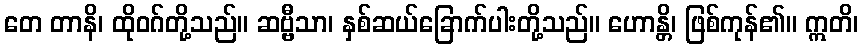
တေ တာနိ၊ ထိုဝဂ်တို့သည်။ ဆဗ္ဗီသာ၊ နှစ်ဆယ်ခြောက်ပါးတို့သည်။ ဟောန္တိ၊ ဖြစ်ကုန်၏။ ဣတိ၊